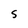
Character: S